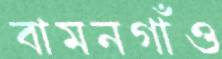
বামনগাঁও